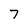
Character: 7